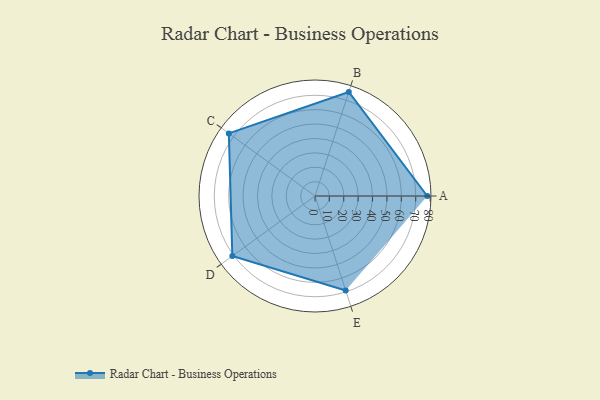
{"axis": {"x": "Skill", "y": "Score"}, "legend": ["Profile"], "data": [{"x": "A", "y": 78.0, "type": "Profile"}, {"x": "B", "y": 76.0, "type": "Profile"}, {"x": "C", "y": 74.0, "type": "Profile"}, {"x": "D", "y": 71.0, "type": "Profile"}, {"x": "E", "y": 69.0, "type": "Profile"}]}